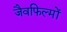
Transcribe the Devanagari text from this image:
जैवफिल्मों